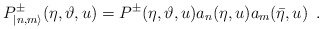
\begin{align*}P^{\pm }_{|n,m\rangle }(\eta ,\vartheta ,u)=P^{\pm }(\eta ,\vartheta,u)a_{n}(\eta ,u)a_{m}(\bar{\eta },u)\, \, \, .\end{align*}